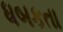
ધબકતા